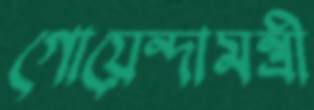
গোয়েন্দামন্ত্রী